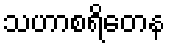
သဟာစရိတေန